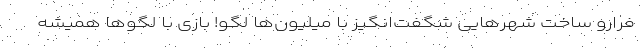
فرارو ساخت شهر‌هایی شگفت‌انگیز با میلیون‌ها لگو! بازی با لگو‌ها همیشه